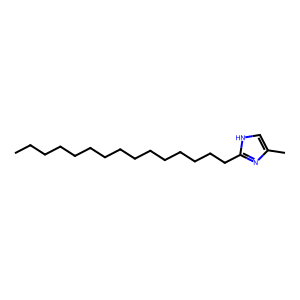
SMILES: CCCCCCCCCCCCCCCc1nc(C)c[nH]1
Inhibits HIV replication: No